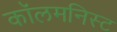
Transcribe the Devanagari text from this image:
कॉलमनिस्ट